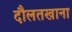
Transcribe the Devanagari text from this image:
दौलतखाना